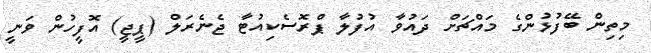
މިތިން ބޭފުޅުންގެ މައްޗަށް ދައުވާ އުފުލާ ޕްރޮސެކިއުޓާ ޖެނެރަލް (ޕީޖީ) އޮފީހުން ވަނީ